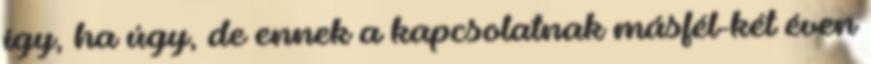
így, ha úgy, de ennek a kapcsolatnak másfél-két éven